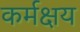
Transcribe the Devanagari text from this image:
कर्मक्षय